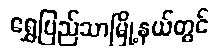
ရွှေပြည်သာမြို့နယ်တွင်